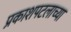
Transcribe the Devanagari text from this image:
प्रकाशपटलाच्या